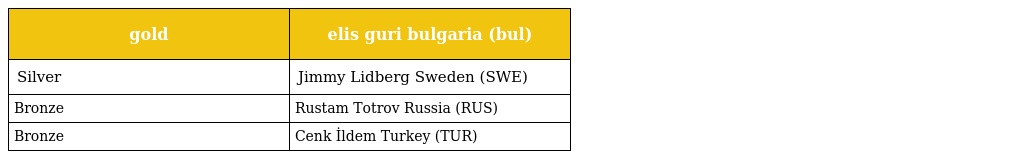
| gold | elis guri bulgaria (bul) |
 | --- | --- |
 | Silver | Jimmy Lidberg Sweden (SWE) |
 | Bronze | Rustam Totrov Russia (RUS) |
 | Bronze | Cenk İldem Turkey (TUR) |